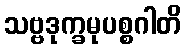
သဗ္ဗဒုက္ခမုပစ္စဂါတိ